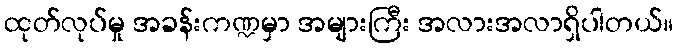
ထုတ်လုပ်မှု အခန်းကဏ္ဍမှာ အများကြီး အလားအလာရှိပါတယ်။